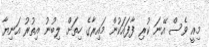
މިއީ ވެސް އޭނަ ކުރި ފާފައަކުން މައިރާގެ ހިތަށް ލިބުނު އިތުރު އަނިޔާ